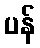
ပန်